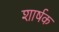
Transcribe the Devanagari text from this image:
शार्षक